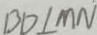
B D \bot M N